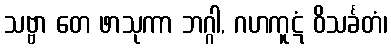
သဗ္ဗာ တေ ဖာသုကာ ဘဂ္ဂါ, ဂဟကူဋံ ဝိသင်္ခတံ၊